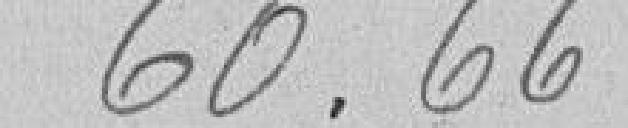
60.66